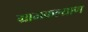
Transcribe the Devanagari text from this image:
ग्रामकल्याण